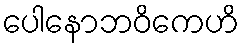
ပေါနောဘဝိကေဟိ